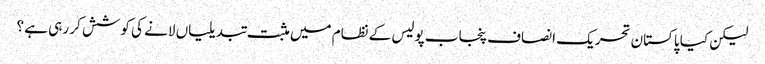
لیکن کیا پاکستان تحریک انصاف پنجاب پولیس کے نظام میں مثبت تبدیلیاں لانے کی کوشش کر رہی ہے ؟